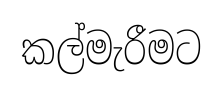
කල්මැරීමට